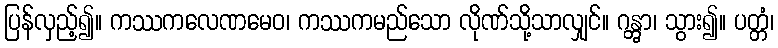
ပြန်လှည့်၍။ ကဿကလေဏမေဝ၊ ကဿကမည်သော လိုဏ်သို့သာလျှင်။ ဂန္တွာ၊ သွား၍။ ပတ္တံ၊